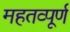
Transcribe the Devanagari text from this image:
महतव्पूर्ण